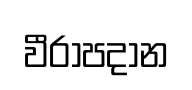
වීරාපදාන